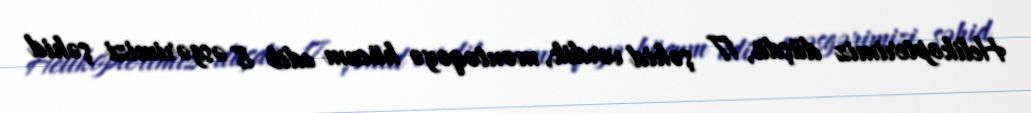
Helikopterimiz düşdü, 17 şəhid verdik, məntəqəyə hücum edib 8 əsgərimizi şəhid